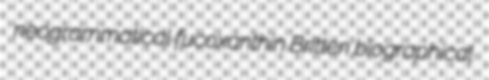
neogrammatical fucoxanthin Britten biographical